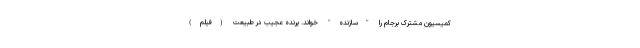
کمیسیون مشترک برجام را "سازنده" خواند. پرنده عجیب در طبیعت (فیلم)